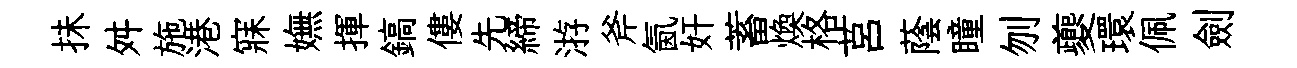
抺舛施港寐嫵揮鎬僂先締㳺斧氤奸蓄煥格莒蔭瞳刎夔環佩劍